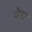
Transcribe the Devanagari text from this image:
बेचू